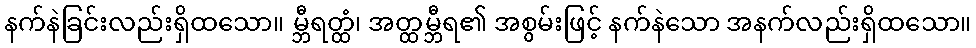
နက်နဲခြင်းလည်းရှိထသော။ မ္ဘီရတ္ထံ၊ အတ္ထမ္ဘီရ၏ အစွမ်းဖြင့် နက်နဲသော အနက်လည်းရှိထသော။